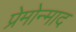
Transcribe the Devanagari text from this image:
प्रेमोन्माद